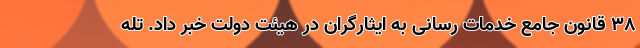
۳۸ قانون جامع خدمات رسانی به ایثارگران در هیئت دولت خبر داد. تله